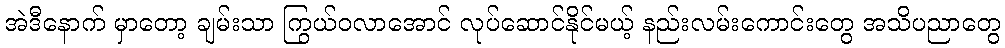
အဲဒီနောက် မှာတော့ ချမ်းသာ ကြွယ်ဝလာအောင် လုပ်ဆောင်နိုင်မယ့် နည်းလမ်းကောင်းတွေ အသိပညာတွေ